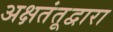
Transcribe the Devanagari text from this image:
अक्षतंतूद्वारा